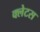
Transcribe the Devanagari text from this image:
क्लेटस